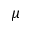
\mu